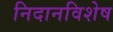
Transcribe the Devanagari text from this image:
निदानविशेष